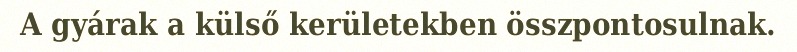
A gyárak a külső kerületekben összpontosulnak.